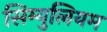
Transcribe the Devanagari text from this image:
सिम्युलियम